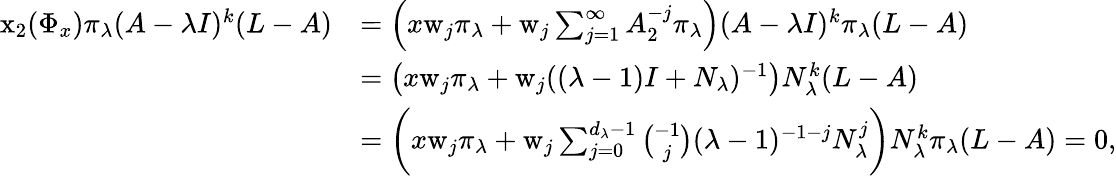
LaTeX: \begin{array}{rl}{\mathrm{x}_{2}(\Phi_{x})\pi_{\lambda}(A-\lambda I)^{k}(L-A)}&{=\Big(x\mathrm{w}_{j}\pi_{\lambda}+\mathrm{w}_{j}\sum_{j=1}^{\infty}A_{2}^{-j}\pi_{\lambda}\Big)(A-\lambda I)^{k}\pi_{\lambda}(L-A)}\\ &{=\big(x\mathrm{w}_{j}\pi_{\lambda}+\mathrm{w}_{j}((\lambda-1)I+N_{\lambda})^{-1}\big)N_{\lambda}^{k}(L-A)}\\ &{=\bigg(x\mathrm{w}_{j}\pi_{\lambda}+\mathrm{w}_{j}\sum_{j=0}^{d_{\lambda}-1}{\binom{-1}{j}}(\lambda-1)^{-1-j}N_{\lambda}^{j}\bigg)N_{\lambda}^{k}\pi_{\lambda}(L-A)=0,}\end{array}